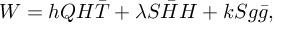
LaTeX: W = h Q H \bar { T } + \lambda S \bar { H } H + k S g \bar { g } ,